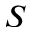
S